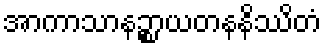
အာကာသာနဉ္စာယတနနိဿိတံ